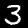
Digit: 3